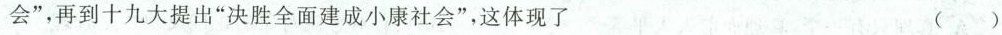
会”，十八大提出”全面建成小康社会”，再到十九大提出”决胜全面建成小康社会”，这体现了 ( )